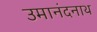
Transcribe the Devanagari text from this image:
उमानंदनाथ